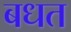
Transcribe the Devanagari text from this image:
बधत